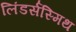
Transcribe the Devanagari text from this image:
लिंडर्सस्मिथ